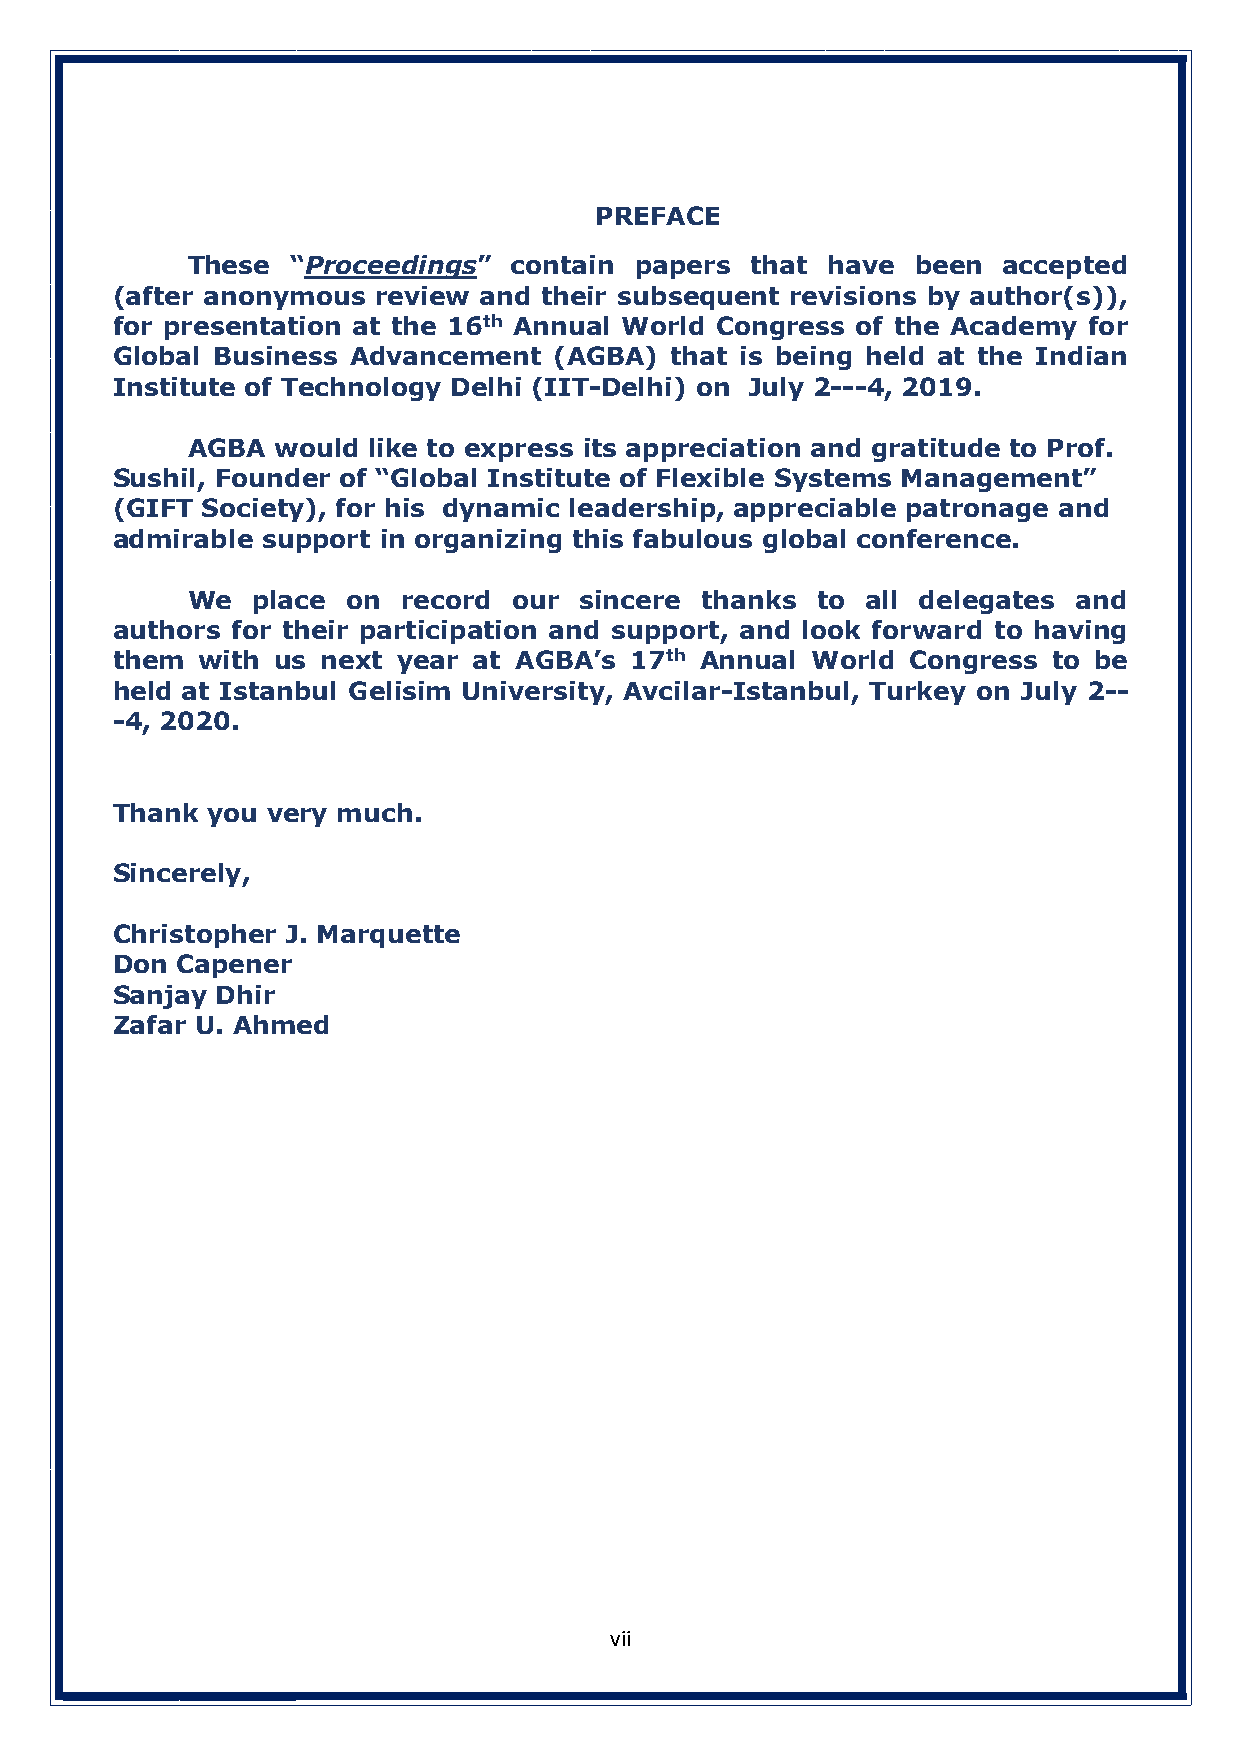
PREFACE
 These  “Proceedings”  contain papers  that have  been accepted
 (after anonymous  review and their subsequent revisions by author(s)),
 for presentation at the 16th Annual World Congress of the Academy for
 Global Business Advancement   (AGBA) that is being held at the Indian
 Institute of Technology Delhi (IIT-Delhi) on July 2---4, 2019.
 AGBA  would like to express its appreciation and gratitude to Prof.
 Sushil, Founder of “Global Institute of Flexible Systems Management”
 (GIFT Society), for his dynamic leadership, appreciable patronage and
 admirable support in organizing this fabulous global conference.
 We   place on  record our sincere thanks  to all delegates and
 authors for their participation and support, and look forward to having
 them  with us next year at AGBA’s  17th Annual World Congress  to be
 held at Istanbul Gelisim University, Avcilar-Istanbul, Turkey on July 2--
 -4, 2020.
 Thank  you very much.
 Sincerely,
 Christopher J. Marquette
 Don  Capener
 Sanjay Dhir
 Zafar U. Ahmed
 vii